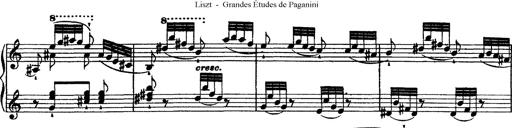
Title: Grandes Ã©tudes de Paganini
Composer: Franz Liszt